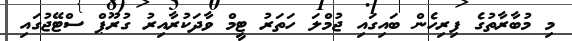
މި މުބާރާތުގެ ފިރިހެން ބައިގައި ޖުމްލަ ހަތަރު ޓީމް ވާދަކުރާއިރު ގުރޫޕް ސްޓޭޖުގައި